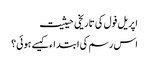
اپریل فول کی تاریخی حیثیت
اس رسم کی ابتداء کیسے ہوئی؟